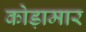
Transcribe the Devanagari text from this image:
कोड़ामार